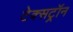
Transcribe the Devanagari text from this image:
टेक्सट्रॉन